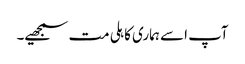
آپ اسے ہماری کاہلی مت سمجھیے۔